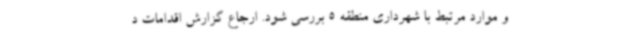
و موارد مرتبط با شهرداری منطقه 5 بررسی شود. ارجاع گزارش اقدامات د